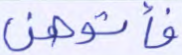
فأتوهن